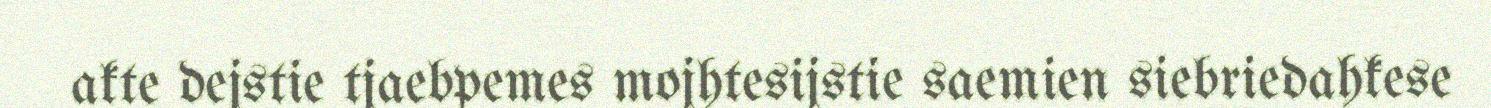
akte dejstie tjaebpemes mojhtesijstie saemien siebriedahkese